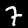
Digit: 7